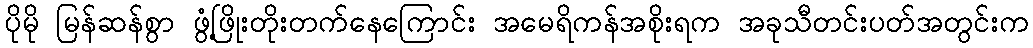
ပိုမို မြန်ဆန်စွာ ဖွံ့ဖြိုးတိုးတက်နေကြောင်း အမေရိကန်အစိုးရက အခုသီတင်းပတ်အတွင်းက